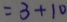
= 3 + 1 0